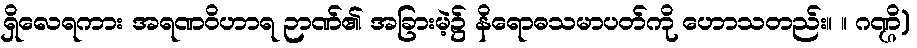
ရှိလေရကား အရဏဝိဟာရ ဉာဏ်၏ အခြားမဲ့၌ နိရောဓသမာပတ်ကို ဟောသတည်း။ ။ ဂဏ္ဌိ)